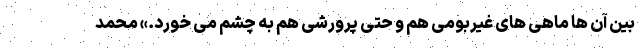
بین آن ها ماهی های غیربومی هم و حتی پرورشی هم به چشم می خورد.» محمد